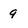
Character: 9